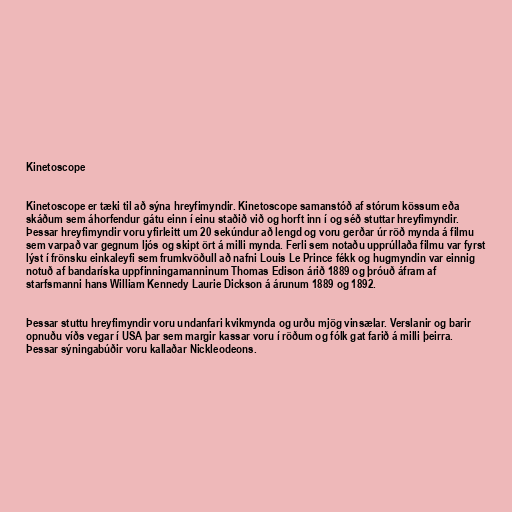
Kinetoscope

Kinetoscope er tæki til að sýna hreyfimyndir. Kinetoscope samanstóð af stórum kössum eða
skáðum sem áhorfendur gátu einn í einu staðið við og horft inn í og séð stuttar hreyfimyndir.
Þessar hreyfimyndir voru yfirleitt um 20 sekúndur að lengd og voru gerðar úr röð mynda á filmu
sem varpað var gegnum ljós og skipt ört á milli mynda. Ferli sem notaðu upprúllaða filmu var fyrst
lýst í frönsku einkaleyfi sem frumkvöðull að nafni Louis Le Prince fékk og hugmyndin var einnig
notuð af bandaríska uppfinningamanninum Thomas Edison árið 1889 og þróuð áfram af
starfsmanni hans William Kennedy Laurie Dickson á árunum 1889 og 1892.

Þessar stuttu hreyfimyndir voru undanfari kvikmynda og urðu mjög vinsælar. Verslanir og barir
opnuðu víðs vegar í USA þar sem margir kassar voru í röðum og fólk gat farið á milli þeirra.
Þessar sýningabúðir voru kallaðar Nickleodeons.